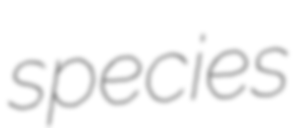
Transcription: species